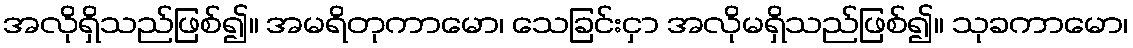
အလိုရှိသည်ဖြစ်၍။ အမရိတုကာမော၊ သေခြင်းငှာ အလိုမရှိသည်ဖြစ်၍။ သုခကာမော၊